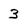
Character: 3